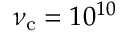
\nu _ { \mathrm { c } } = 1 0 ^ { 1 0 }